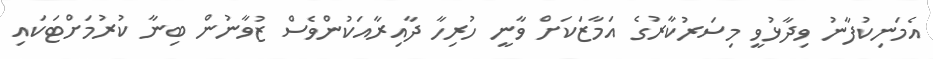
އެމަނިކުފާނު ވިދާޅުވީ މިސަރުކާރުގެ އަމާޒަކަށް ވާނީ ހުރިހާ ދާއިރާއަކުންވެސް ޒުވާނުން ބިނާ ކުރުމަށްޓަކައި